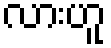
လားဟူ